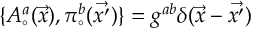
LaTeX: \{ A _ { \circ } ^ { a } ( \vec { x } ) , \pi _ { \circ } ^ { b } ( \vec { x ^ { \prime } } ) \} = g ^ { a b } \delta ( \vec { x } - \vec { x ^ { \prime } } )